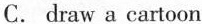
C. draw a cartoon